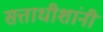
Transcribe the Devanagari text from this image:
सत्ताधीशांनी